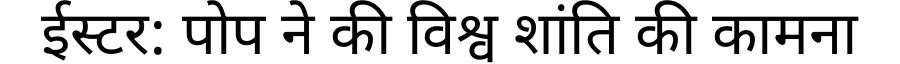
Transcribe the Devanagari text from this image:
ईस्टर: पोप ने की विश्व शांति की कामना